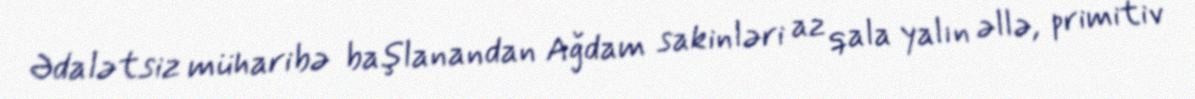
Ədalətsiz müharibə başlanandan Ağdam sakinləri az qala yalın əllə, primitiv